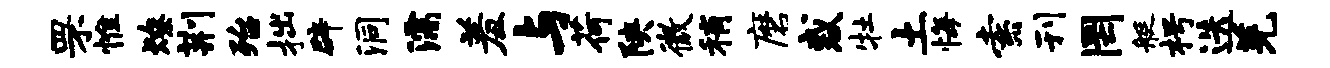
罘惟燎荆殆拙辟洞濡羞与荷陕微稍磨惑牡土悔索刊罔艇枵迭羌